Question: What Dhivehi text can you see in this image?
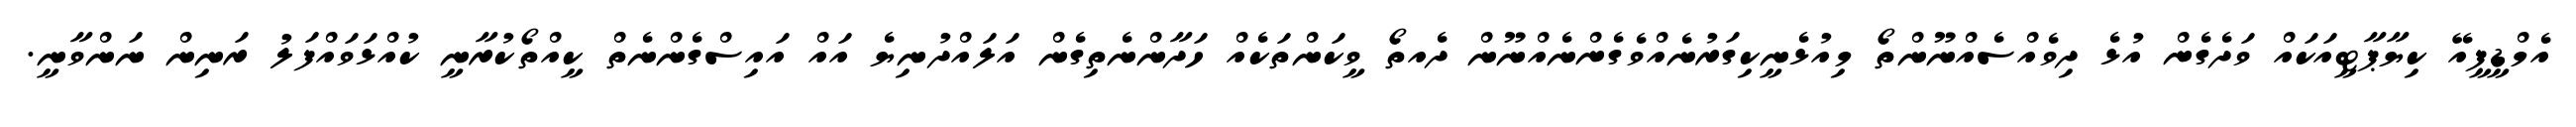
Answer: އެމްޑީޕީއޭ ކިޔާޕާޓީއަކައް ވަދެގެން އުޅެ ދިވެއްސެއްނޫންތޯ މިއުޅެނީކިގަރުނެއްވެގެންނެއްނޫން ދެއތޯ ވީކަންތަކެއް ހަދާންނެތިގެން އަލައްދުނިޔެ އައް އައިސްގެންނެތް ކީއްތޯކުރާނީ ކުއްޅަވައްފަލު ރަނިން ނަންވާނީ.